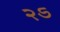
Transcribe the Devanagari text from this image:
२ऽ